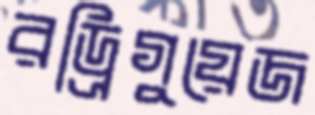
রড্রিগুয়েজ